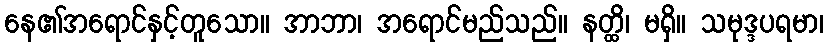
နေ၏အရောင်နှင့်တူသော။ အာဘာ၊ အရောင်မည်သည်။ နတ္ထိ၊ မရှိ။ သမုဒ္ဒပရမာ၊